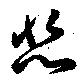
悲